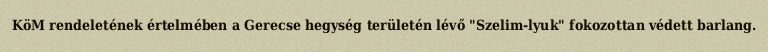
KöM rendeletének értelmében a Gerecse hegység területén lévő "Szelim-lyuk" fokozottan védett barlang.